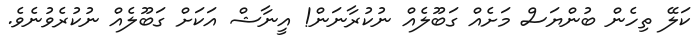
ކަލޭ ތިހެން ބުންޔަސް މަށެއް ގަބޫލެއް ނުކުރާނަން! އީނާޝް އަކަށް ގަބޫލެއް ނުކުރެވުނެވެ.